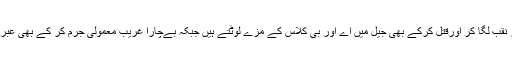
بڑے لوگ قومی خزانے پر نقب لگا کر اورقتل کرکے بھی جیل میں اے اور بی کلاس کے مزے لوٹتے ہیں جبکہ بےچارا غریب معمولی جرم کر کے بھی عبرت کا نشان بنا دیا جاتا ہے۔